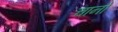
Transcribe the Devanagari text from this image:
चानो